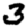
Digit: 3